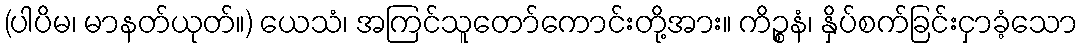
(ပါပိမ၊ မာနတ်ယုတ်။) ယေသံ၊ အကြင်သူတော်ကောင်းတို့အား။ ကိဉ္စနံ၊ နှိပ်စက်ခြင်းငှာခံ့သော